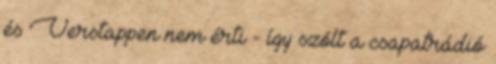
és Verstappen nem érti - így szólt a csapatrádió